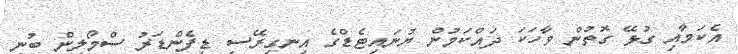
އެކަމާއި ގުޅޭ ގޮތުން ވާހަކަ ދައްކަމުން ޔުނައިޓެޑްގެ އިނގިރޭސި ޑިފެންޑަރު ސްމޯލިން ބުނީ